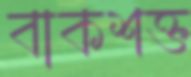
বাকশক্ত